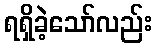
ရရှိခဲ့သော်လည်း